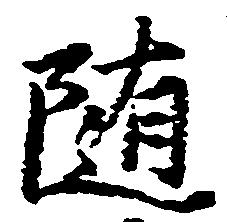
随